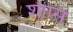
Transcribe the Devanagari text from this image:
शीप्स